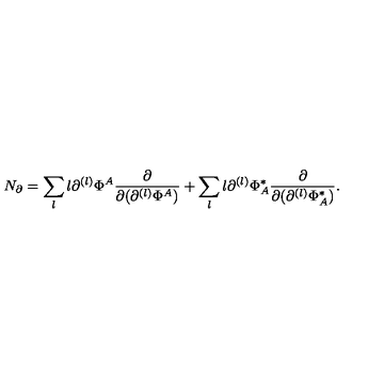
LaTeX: N _ { \partial } = \sum _ { l } l \partial ^ { ( l ) } \Phi ^ { A } \frac { \partial } { \partial ( \partial ^ { ( l ) } \Phi ^ { A } ) } + \sum _ { l } l \partial ^ { ( l ) } \Phi _ { A } ^ { * } \frac { \partial } { \partial ( \partial ^ { ( l ) } \Phi _ { A } ^ { * } ) } .